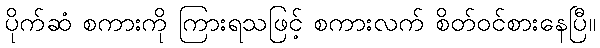
ပိုက်ဆံ စကားကို ကြားရသဖြင့် စကားလက် စိတ်ဝင်စားနေပြီ။